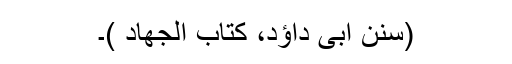
(سنن ابی داؤد، کتاب الجھاد )۔